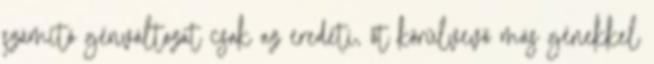
számító génváltozat csak az eredeti, őt körülvevő más génekkel